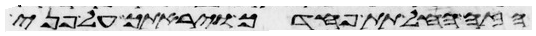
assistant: הזה החל תת פחדך ויראתך על פני